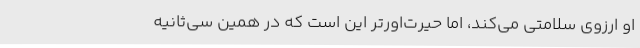
او ارزوی سلامتی می‌کند، اما حیرت‌اورتر این است که در همین سی‌ثانیه